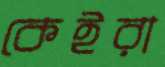
কেইরা